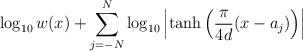
LaTeX: \begin{align*}\log_{10} w(x) + \sum_{j=-N}^{N} \log_{10} \left| \tanh \left( \frac{\pi}{4d} (x-a_{j}) \right) \right|\end{align*}